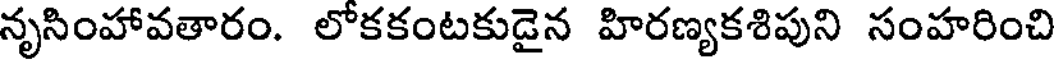
నృసింహావతారం. లోకకంటకుడైన హిరణ్యకశిపుని సంహరించి